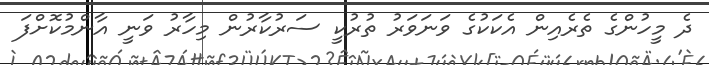
ދެ މީހުންގެ ތެރެއިން އެކަކުގެ ވަނަވަރު ތުރުކީ ސަރުކާރުން މިހާރު ވަނީ އާންމުކޮށްފަ